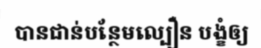
បានជាន់បន្ថែមល្បឿន បង្ខំឲ្យ